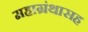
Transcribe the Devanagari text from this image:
महाग्रंथासह